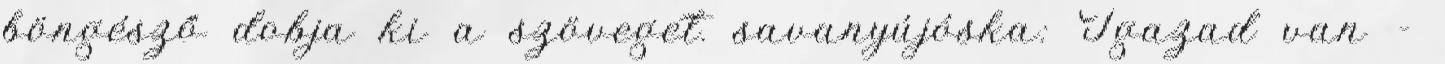
böngésző dobja ki a szöveget. savanyújóska: Igazad van -